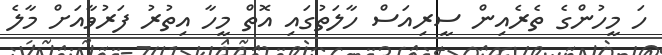
ހަ މީހުންގެ ތެރެއިން ސީރިއަސް ހާލަތުގައި އޮތް މީހާ އިތުރު ފަރުވާއަށް މާލެ